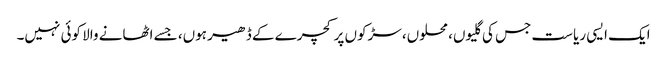
ایک ایسی ریاست جس کی گلیوں، محلوں، سڑکوں پر کچرے کے ڈھیر ہوں، جسے اٹھانے والا کوئی نہیں۔